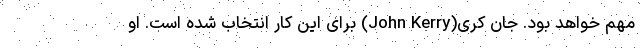
مهم خواهد بود. جان کری(John Kerry) برای این کار انتخاب شده است. او